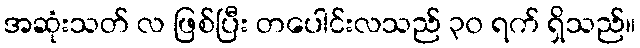
အဆုံးသတ် လ ဖြစ်ပြီး တပေါင်းလသည် ၃၀ ရက် ရှိသည်။